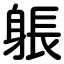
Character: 躼